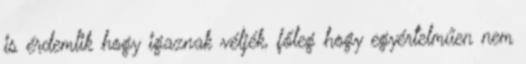
is érdemlik hogy igaznak véljék, főleg hogy egyértelműen nem